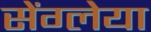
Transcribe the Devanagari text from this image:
सेंग्लेया